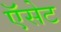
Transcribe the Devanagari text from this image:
ऍसेट